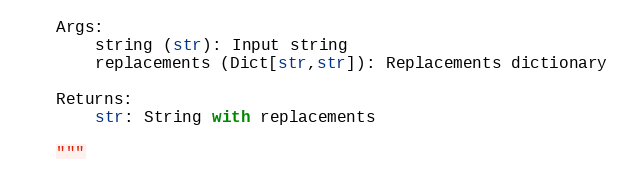
Language: Python
    Args:
        string (str): Input string
        replacements (Dict[str,str]): Replacements dictionary

    Returns:
        str: String with replacements

    """